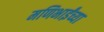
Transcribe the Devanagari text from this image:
मणिभाईंच्या